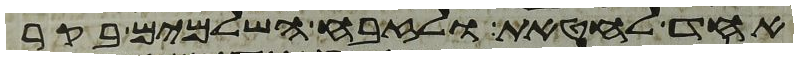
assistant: אחד לחטאת ולזבח השלמים בקר